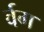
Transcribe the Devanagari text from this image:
र्वग